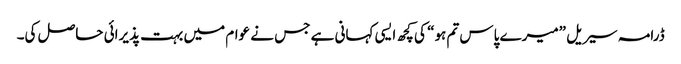
ڈرامہ سیریل ”میرے پاس تم ہو“ کی کچھ ایسی کہانی ہے جس نے عوام میں بہت پذیرائی حاصل کی۔